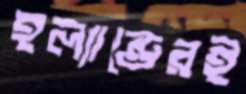
হল্যান্ডেরই